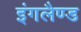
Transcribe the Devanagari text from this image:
इंगलैण्‍ड